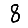
Digit: 8